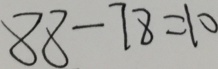
8 8 - 7 8 = 1 0